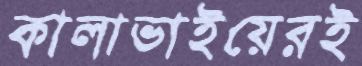
কালাভাইয়েরই